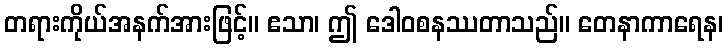
တရားကိုယ်အနက်အားဖြင့်။ ဧသာ၊ ဤ ဒေါဝစနဿတာသည်။ တေနာကာရေန၊